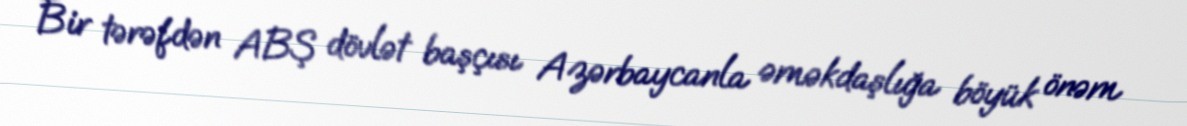
Bir tərəfdən ABŞ dövlət başçısı Azərbaycanla əməkdaşlığa böyük önəm